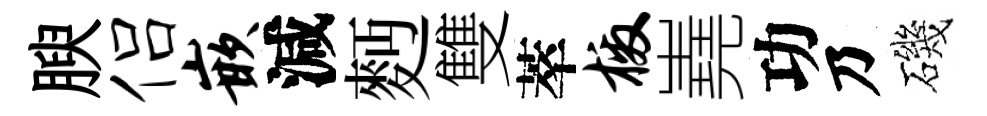
腴侣嵌減麪雙萃檄嶤功乃磯